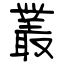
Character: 叢